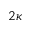
2 \kappa